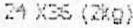
24 X36 (2KG)